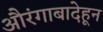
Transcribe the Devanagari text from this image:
औरंगाबादेहून